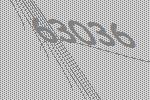
63036